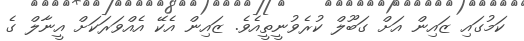
ކަމުގައި ޒައިން އަށް ގަބޫލް ކުރެވުނީތީއެވެ. ޒައިން އެކޭ އެއްވަރަކަށް އީނާލް ގެ